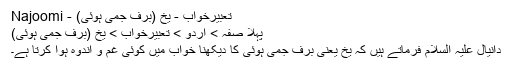
تعبیرخواب - یخ (برف جمی ہوئی) - Najoomi
پہلا صفہ > اردو > تعبیرخواب > یخ (برف جمی ہوئی)
دانیال علیہ السلام فرماتے ہیں کہ یخ یعنی برف جمی ہوئی کا دیکھنا خواب میں کوئی غم و اندوہ ہوا کرتا ہے۔